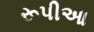
રૂપીઆ